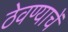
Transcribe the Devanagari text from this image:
ठेवण्याचें